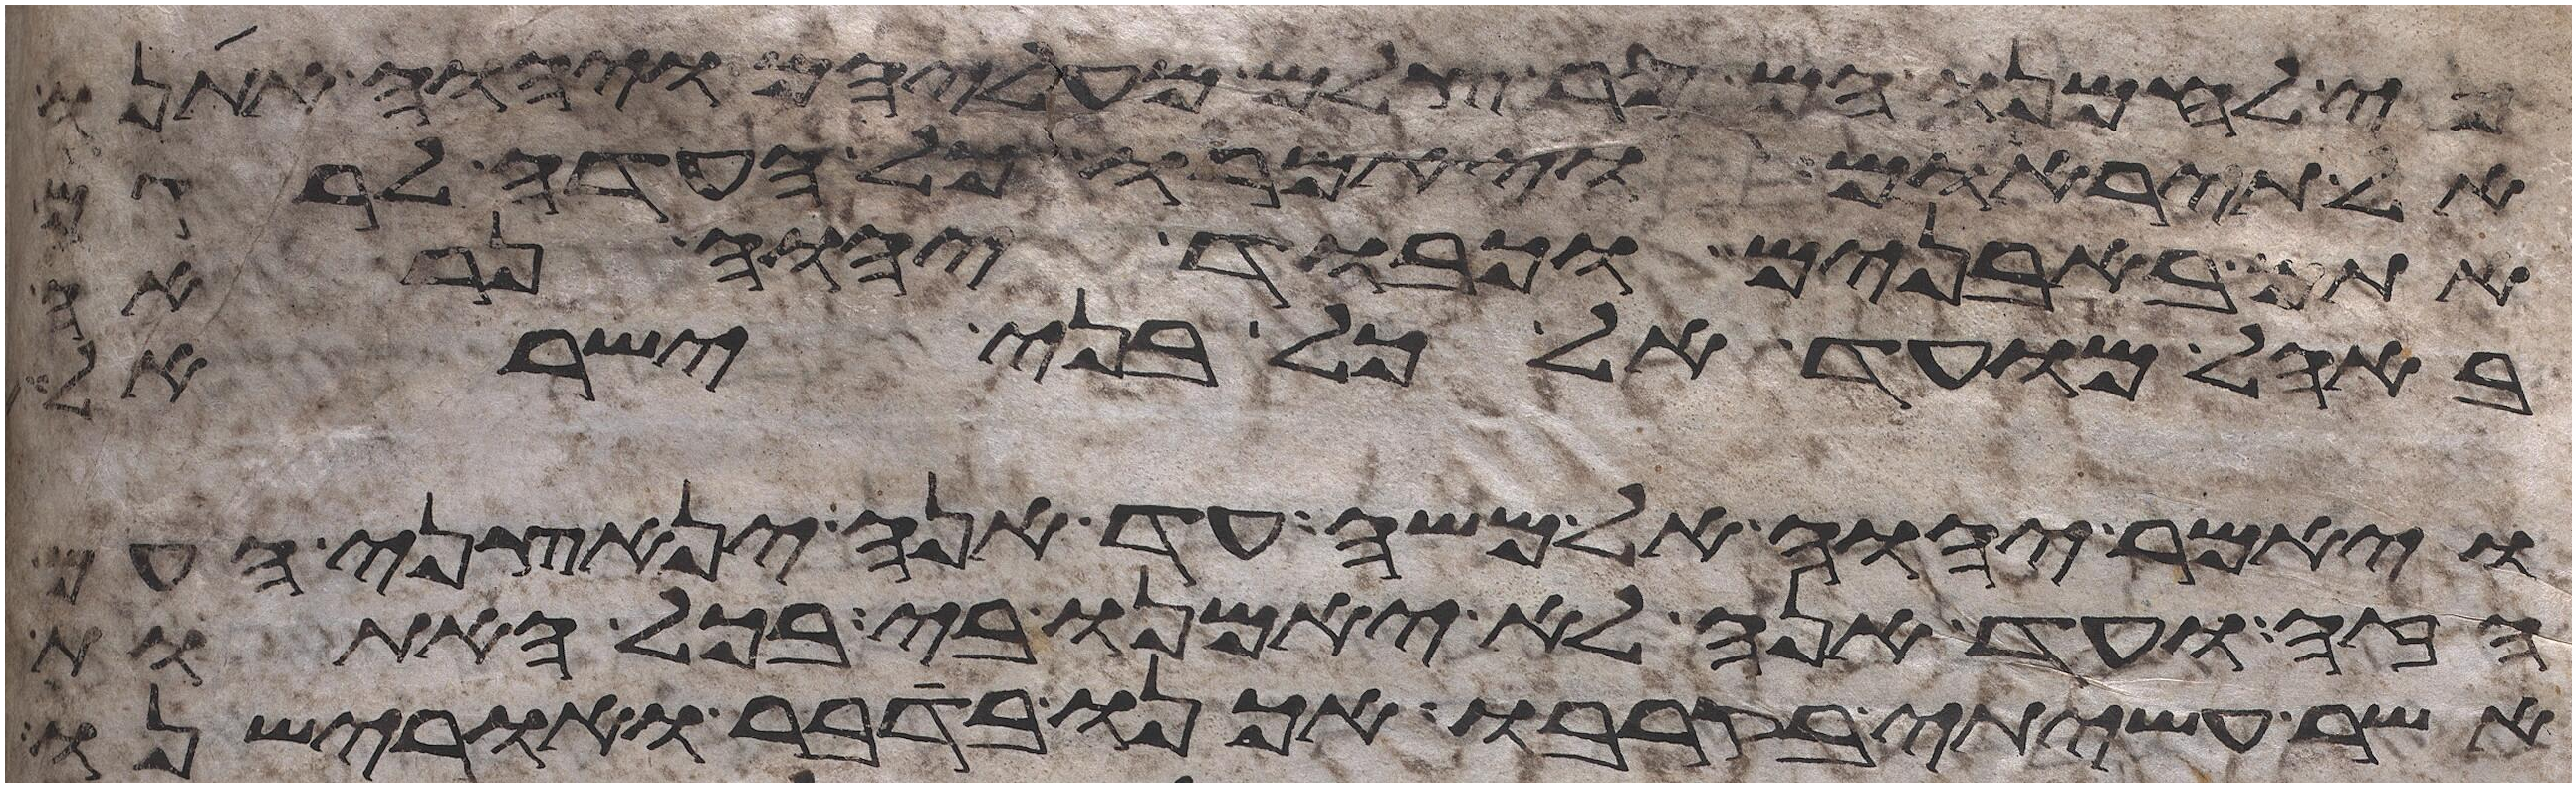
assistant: כי לחמנו הם סר צלם מעליהם ויהוה אתנו
אל תיראום ויאמרו כל העדה לרגם
אתם באבנים וכבוד יהוה נראה
באהל מועד אל כל בני ישראל
ויאמר יהוה אל משה עד אנה ינאצני העם
הזה ועד הנה לא יאמנו בי בכל האתות
אשר עשיתי בקרבו אכנו בדבר ואורישנו